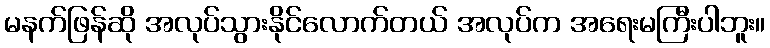
မနက်ဖြန်ဆို အလုပ်သွားနိုင်လောက်တယ် အလုပ်က အရေးမကြီးပါဘူး။